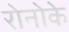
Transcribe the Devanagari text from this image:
रोनोके